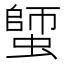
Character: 𧏍